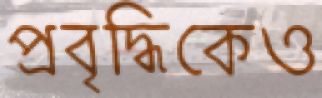
প্রবৃদ্ধিকেও